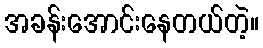
အခန်းအောင်းနေတယ်တဲ့။